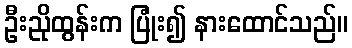
ဦးညိုထွန်းက ပြုံး၍ နားထောင်သည်။